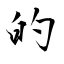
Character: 的